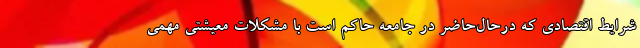
شرایط اقتصادی که درحال‌حاضر در جامعه حاکم است با مشکلات معیشتی مهمی